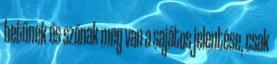
betűnek és szónak meg van a sajátos jelentése, csak